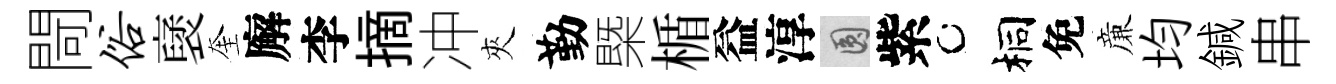
閜俗裦奎廨李摘冲夾勤槩楯益淳圓紫桐免亷均鍼串